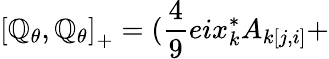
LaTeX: \left[\mathbb{Q}_{\theta},\mathbb{Q}_{\theta}\right]_{+}=(\frac{{4}}{{9}}eix_{k}^{*}A_{k[j,i]}+